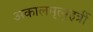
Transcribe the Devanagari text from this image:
अकालमृत्युहर्त्री